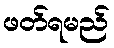
ဖတ်ရမည်